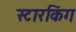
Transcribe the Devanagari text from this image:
स्‍टारकिंग